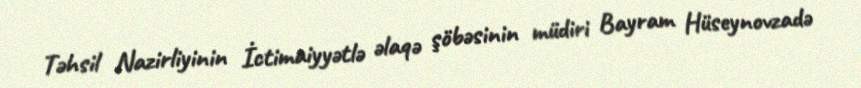
Təhsil Nazirliyinin İctimaiyyətlə əlaqə şöbəsinin müdiri Bayram Hüseynovzadə